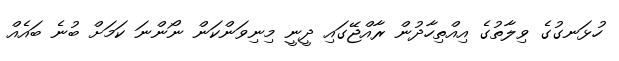
ހުޅަނގުގެ ވިލާތުގެ އިއްތިހާދުން ރާއްޖޭގައި ދީނީ މިނިވަންކަން ނޯންނަ ކަމަށް ބުނެ ބައެއް